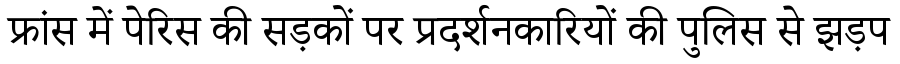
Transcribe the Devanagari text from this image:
फ्रांस में पेरिस की सड़कों पर प्रदर्शनकारियों की पुलिस से झड़प